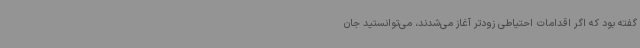
گفته بود که اگر اقدامات احتیاطی زودتر آغاز می‌شدند، می‌توانستید جان